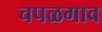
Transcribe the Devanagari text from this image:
चपळगाव